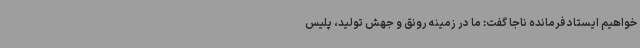
خواهیم ایستاد فرمانده ناجا گفت: ما در زمینه رونق و جهش تولید، پلیس